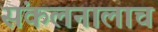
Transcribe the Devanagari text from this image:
संकलनालाच